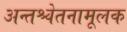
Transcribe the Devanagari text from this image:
अन्तश्चेतनामूलक